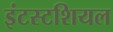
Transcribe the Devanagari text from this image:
इंटस्टशियल